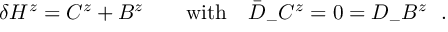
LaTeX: \delta H ^ { z } = C ^ { z } + B ^ { z } \qquad \mathrm { w i t h } \quad \bar { D } _ { - } C ^ { z } = 0 = D _ { - } B ^ { z } \ \ .